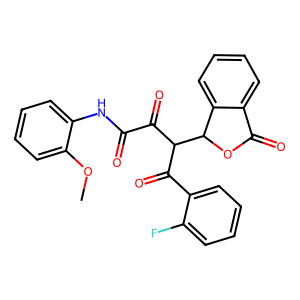
SMILES: COc1ccccc1NC(=O)C(=O)C(C(=O)c1ccccc1F)C1OC(=O)c2ccccc21
Inhibits HIV replication: No